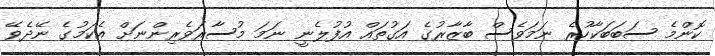
ކޮންމެ ސަބަބަކާހުރެ ނަމަވެސް ބާޒާރުގެ އަގުތައް އުފުލެނީ ނަމަ މުސާރަވެރިންނަށް އެކަމުގެ ނޭދެވޭ